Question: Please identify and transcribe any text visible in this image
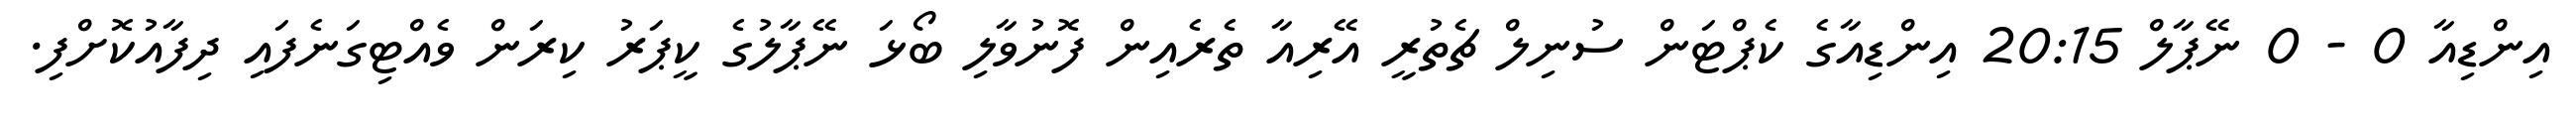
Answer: އިންޑިއާ 0 - 0 ނޭޕާލް 20:15 އިންޑިއާގެ ކެޕްޓަން ސުނިލް ޗެތުރީ އޭރިއާ ތެރެއިން ފޮނުވާލި ބޯޅަ ނޭޕާލުގެ ކީޕަރު ކިރަން ވެއްޓިގަނެފައި ދިފާއުކޮށްފި.